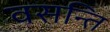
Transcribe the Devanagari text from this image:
वसन्ति